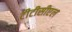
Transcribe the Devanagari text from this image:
टीटीसीएल